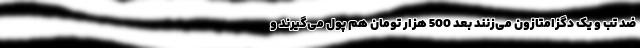
ضد تب و یک دگزامتازون می‌زنند بعد 500 هزار تومان هم پول می‌گیرند و